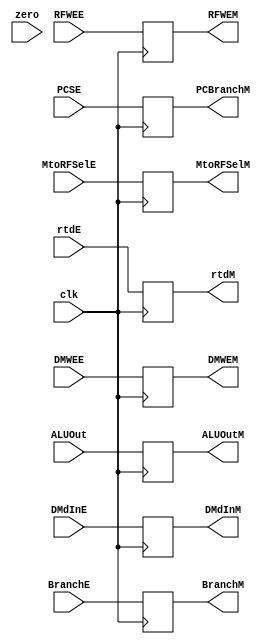
`timescale 1ns / 1ps
//////////////////////////////////////////////////////////////////////////////////
// Company: 
// Engineer: 
// 
// Design Name: 
// Module Name: FlipFlop9
// Project Name: 
// Target Devices: 
// Tool Versions: 
// Description: 
// 
// Dependencies: 
// 
// Revision:
// Revision 0.01 - File Created
// Additional Comments:
// 
//////////////////////////////////////////////////////////////////////////////////



module FlipFlop9(input clk, input RFWEE,MtoRFSelE,DMWEE,BranchE,zero,input[31:0] ALUOut,DMdInE,PCSE,input [4:0] rtdE,
output reg RFWEM,MtoRFSelM,DMWEM,BranchM, output reg [31:0]ALUOutM,DMdInM,PCBranchM,output reg [4:0] rtdM

    );
    
    always @(posedge clk)
    begin
    RFWEM<=RFWEE;
    MtoRFSelM<= MtoRFSelE; 
    DMWEM <= DMWEE;
    BranchM <= BranchE;
    
    ALUOutM <=ALUOut;
    DMdInM<=DMdInE;
    PCBranchM<= PCSE;
    rtdM<=rtdE;
    end 
    
endmodule